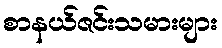
စာနယ်ဇင်းသမားများ